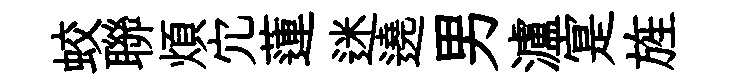
蛟聯煩宂蓮迷遶男瀘寔旌